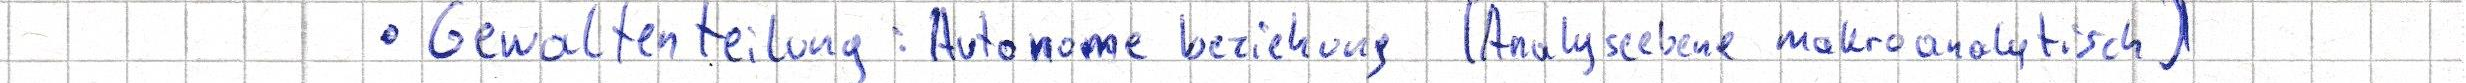
- Gewaltenteilung: Autonome beziehung (Analyseebene makroanalytisch)